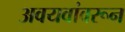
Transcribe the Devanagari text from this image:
अवयवांवरून